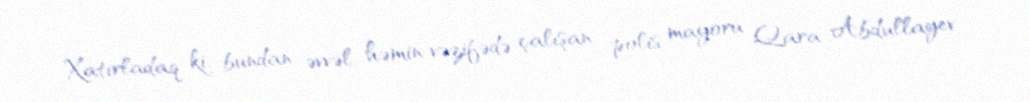
Xatırladaq ki, bundan əvvəl həmin vəzifədə çalışan polis mayoru Qara Abdullayev